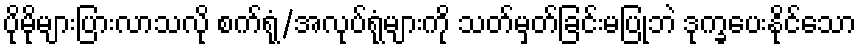
ပိုမိုများပြားလာသလို စက်ရုံ/အလုပ်ရုံများကို သတ်မှတ်ခြင်းမပြုဘဲ ဒုက္ခပေးနိုင်သော